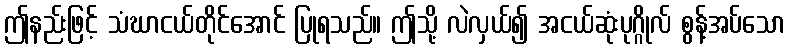
ဤနည်းဖြင့် သံဃာငယ်တိုင်အောင် ပြုရသည်။ ဤသို့ လဲလှယ်၍ အငယ်ဆုံးပုဂ္ဂိုလ် စွန့်အပ်သော